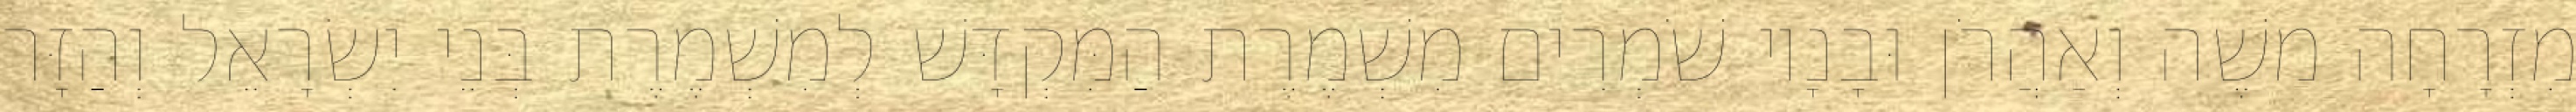
מִזְרָחָה משֶׁה וְאַהֲרֹן וּבָנָיו שֹׁמְרִים מִשְׁמֶרֶת הַמִּקְדָּשׁ לְמִשְׁמֶרֶת בְּנֵי יִשְׂרָאֵל וְהַזָּר